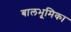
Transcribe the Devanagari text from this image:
बालभूमिका